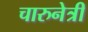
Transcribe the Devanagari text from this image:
चारुनेत्री